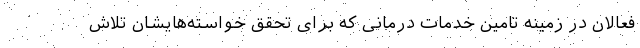
فعالان در زمینه تامین خدمات درمانی که برای تحقق خواسته‌هایشان تلاش